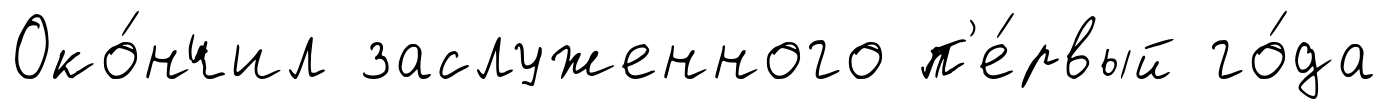
Око́нчил заслуженного п'е́рвый го́да